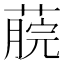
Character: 𦸌